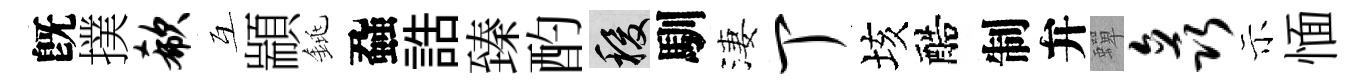
旣撲欷互顓銚蝨誥臻酌稷馴淒丁垓醅制弁蟬矗示愐